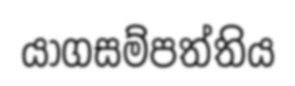
යාගසම්පත්තිය